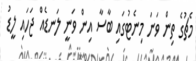
މެޗުގެ ތިން ވަނަ މިނެޓުގައި ބާސާ އިން ވަނީ ލަނޑެއް ޖަހައި ލީޑު